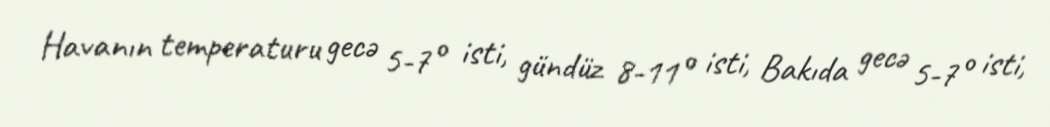
Havanın temperaturu gecə 5-7° isti, gündüz 8-11° isti, Bakıda gecə 5-7° isti,